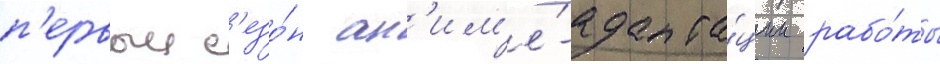
п'ервыи с'езо́н ан'им'е́-адапта́ции рабо́ты